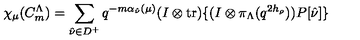
\chi _ { \mu } ( C _ { m } ^ { \Lambda } ) = \sum _ { \hat { \nu } \in D ^ { + } } q ^ { - m \alpha _ { \hat { \nu } } ( \mu ) } ( I \otimes \mathrm { t r } ) \{ ( I \otimes \pi _ { \Lambda } ( q ^ { 2 h _ { \rho } } ) ) P [ \hat { \nu } ] \}